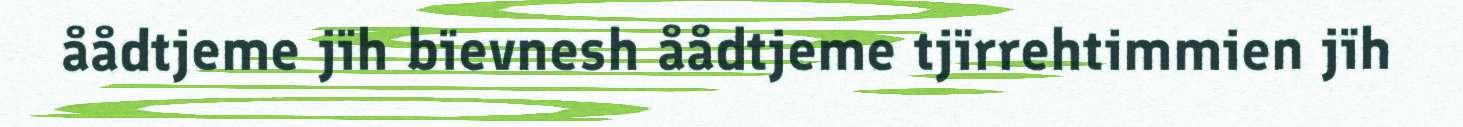
åådtjeme jïh bïevnesh åådtjeme tjïrrehtimmien jïh